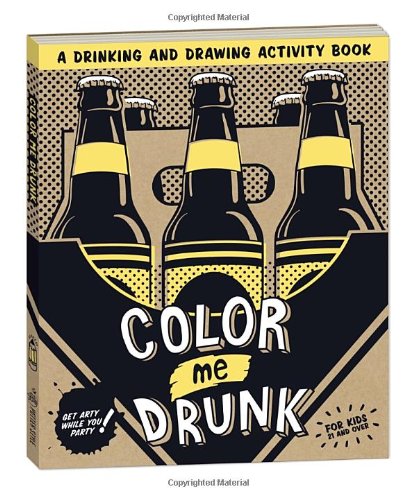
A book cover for Color Me Drunk: A Drinking and Drawing Activity Book; Potter Style; Humor & Entertainment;